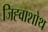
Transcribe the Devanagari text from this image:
जिह्वाशोथ